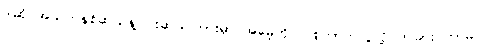
ဒါဆို အသက်နှစ်ဆယ်နဲ့ ငါးဆယ်ကြားမှာ အမေ့ကို ပြုစုတာကလွဲလို့ တခြား ဘာမှ